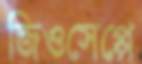
জিওসেপ্পে